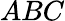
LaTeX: ABC